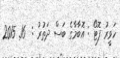
ހަވީރު ފޮޓޯ : އޮބާމާގެ ބަސް ދަތުރު :  16